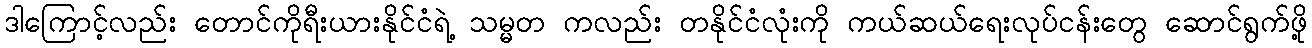
ဒါကြောင့်လည်း တောင်ကိုရီးယားနိုင်ငံရဲ့ သမ္မတ ကလည်း တနိုင်ငံလုံးကို ကယ်ဆယ်ရေးလုပ်ငန်းတွေ ဆောင်ရွက်ဖို့